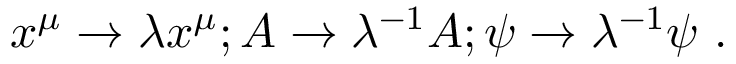
x ^ { \mu } \rightarrow \lambda x ^ { \mu } ; A \rightarrow \lambda ^ { - 1 } A ; \psi \rightarrow \lambda ^ { - 1 } \psi ~ .